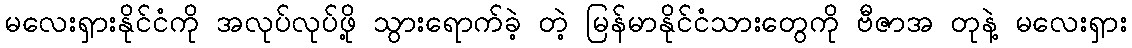
မလေးရှားနိုင်ငံကို အလုပ်လုပ်ဖို့ သွားရောက်ခဲ့ တဲ့ မြန်မာနိုင်ငံသားတွေကို ဗီဇာအ တုနဲ့ မလေးရှား